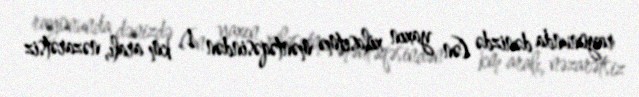
rayonunda dənizdə (ən yaxın xilasetmə məntəqəsindən 1 km aralı, nəzarətsiz